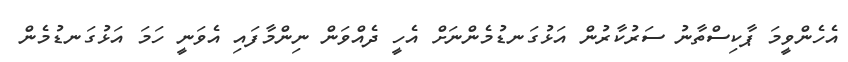
އެހެންވީމަ ޕާކިސްތާނު ސަރުކާރުން އަޅުގަނޑުމެންނަށް އެހީ ދެއްވަން ނިންމާފައި އެވަނީ ހަމަ އަޅުގަނޑުމެން